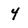
Character: 4